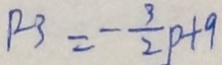
R 3 = - \frac { 3 } { 2 } p + 9